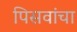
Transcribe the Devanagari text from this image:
पिसवांचा